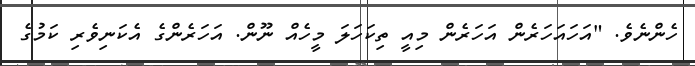
ހެންނެވެ. "އަހައަހަރެން އަހަރެން މިއީ ތިކަހަލަ މީހެއް ނޫން. އަހަރެންގެ އެކަނިވެރި ކަމުގެ